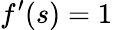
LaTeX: f^{\prime}(s)=1